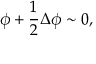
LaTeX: \phi + \frac { 1 } { 2 } \Delta \phi \sim 0 ,